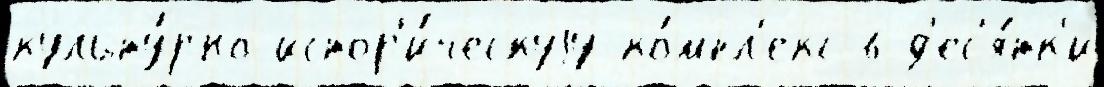
культу́рно-истор'и́ческуjу ко́мпл'екс в д'ес'я́тк'и